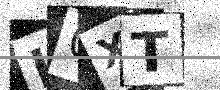
Text: I0XT